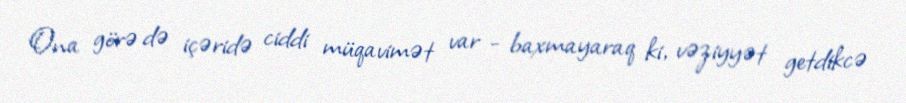
Ona görə də içəridə ciddi müqavimət var - baxmayaraq ki, vəziyyət getdikcə